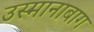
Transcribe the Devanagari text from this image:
उस्मानाबाग